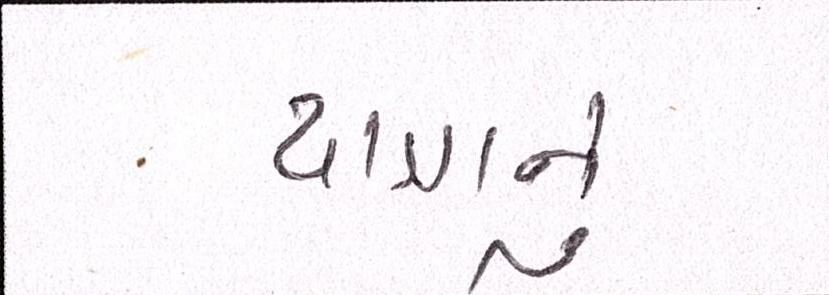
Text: યાત્રાનું